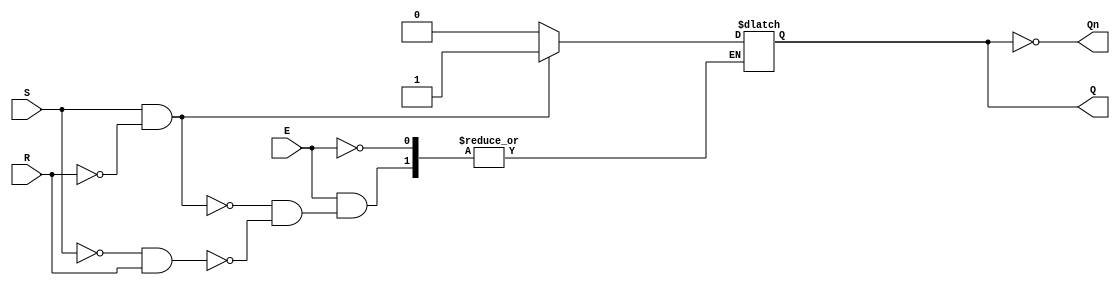
module gated_sr_latch (
    input wire S,         // Set input
    input wire R,         // Reset input
    input wire E,         // Enable input
    output reg Q,         // Output Q
    output wire Qn        // Complement of Q (not Q)
);

    assign Qn = ~Q; // Q' is the complement of Q

    always @(S, R, E) begin
        if (E) begin
            if (S && !R) begin
                Q <= 1; // Set Q to 1
            end else if (!S && R) begin
                Q <= 0; // Reset Q to 0
            end
            // If both S and R are high, do nothing (invalid state)
            // If both S and R are low, retain the previous state
        end
        // When E is low, retain the previous state (do nothing)
    end

endmodule